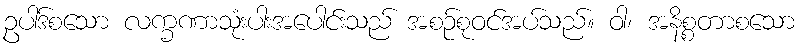
ဥပါဒ်စသော လက္ခဏာသုံးပါးအပေါင်းသည် အစဉ်စုဝင်အပ်သည်။ ဝါ၊ အနိစ္စတာစသော